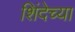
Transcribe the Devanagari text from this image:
शिंदेच्या